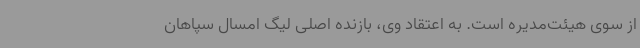
از سوی هیئت‌مدیره است. به اعتقاد وی، بازنده اصلی لیگ امسال سپاهان